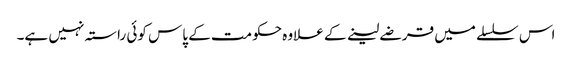
اس سلسلے میں قرضے لینے کے علاوہ حکومت کے پاس کوئی راستہ نہیں ہے۔